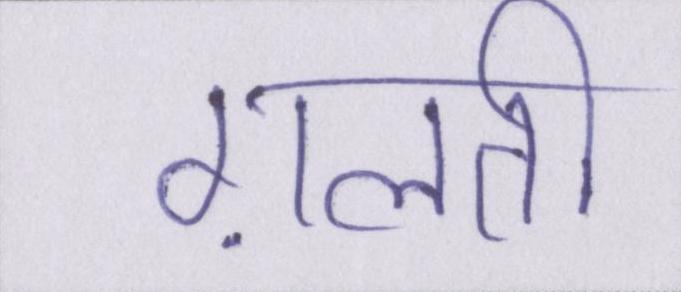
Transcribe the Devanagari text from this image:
ग़लती